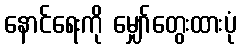
နောင်ရေးကို မျှော်တွေးထားပုံ